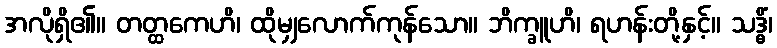
အလိုရှိ၏။ တတ္ထကေဟိ၊ ထိုမျှလောက်ကုန်သော။ ဘိက္ခူဟိ၊ ရဟန်းတို့နှင့်။ သဒ္ဓိံ၊